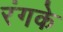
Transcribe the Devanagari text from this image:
रंगके